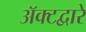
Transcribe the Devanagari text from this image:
अॅक्टद्वारे